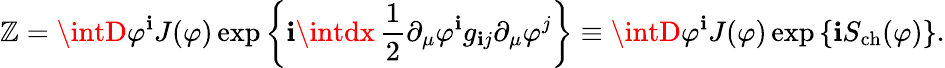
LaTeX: \mathbb{Z}=\intD\varphi^{\mathbf{i}}J(\varphi)\exp\left\{ \mathbf{i}\intdx\, \frac{{1}}{{2}}\partial_{\mu}\varphi^{\mathbf{i}}g_{\mathbf{i}j}\partial_{\mu}\varphi^{j}\right\} \equiv\intD\varphi^{\mathbf{i}}J(\varphi)\exp\left\{ \mathbf{i}S_{\mathrm{{ch}}}(\varphi)\right\} .